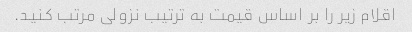
اقلام زیر را بر اساس قیمت به ترتیب نزولی مرتب کنید.